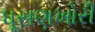
ધૂસણખોરી